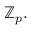
\mathbb { Z } _ { p } .